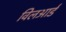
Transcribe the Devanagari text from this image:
विलआर्ड